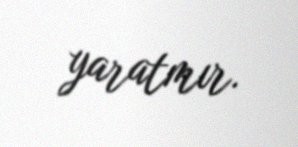
yaratmır.